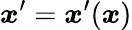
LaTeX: \boldsymbol{x}^{\prime}=\boldsymbol{x}^{\prime}(\boldsymbol{x})